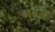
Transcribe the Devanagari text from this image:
मुदरों